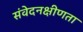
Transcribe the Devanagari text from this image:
संवेदनक्षीणता